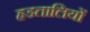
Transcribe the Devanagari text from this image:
हडतालियों